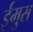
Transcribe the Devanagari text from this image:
ईमुस